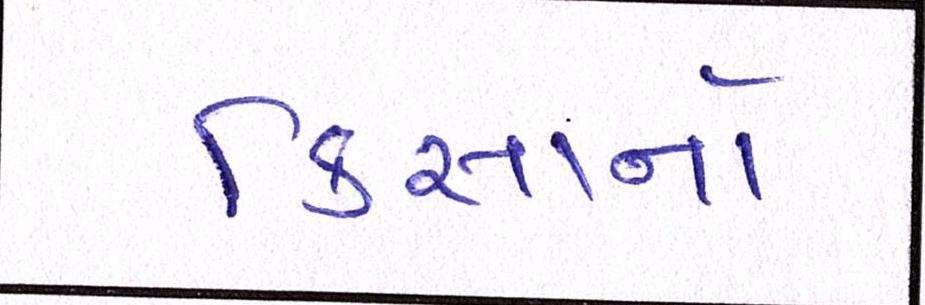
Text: કિસાનો